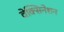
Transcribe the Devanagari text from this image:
वेक्सिनेशन